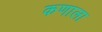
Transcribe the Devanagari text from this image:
कणाला